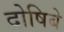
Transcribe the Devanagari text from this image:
दोषिबे